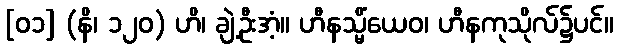
[၀၁] (နိ၊ ၁၂၀) ဟိ၊ ချဲ့ဦးအံ့။ ဟီနသ္မိံယေဝ၊ ဟီနကုသိုလ်၌ပင်။